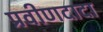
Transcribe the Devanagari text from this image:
प्रवीणदादा